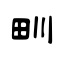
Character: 甽